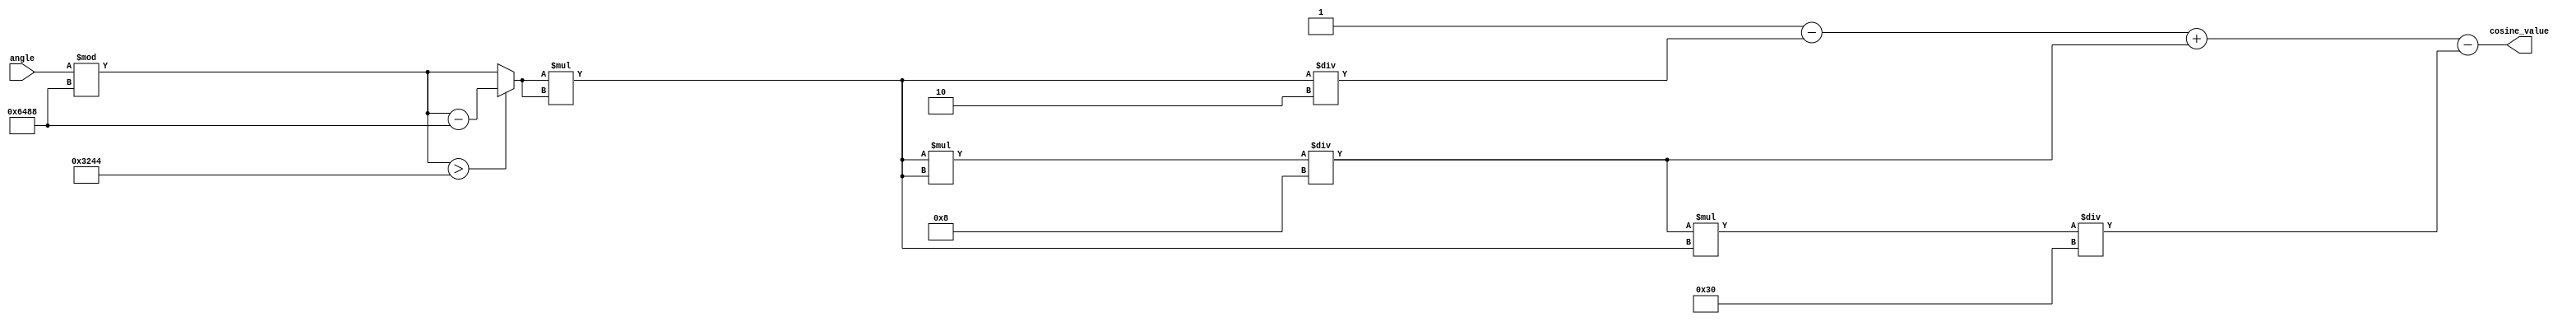
module CosineCalculator (
    input  [15:0] angle,        // Fixed-point input angle in radians (16 bits)
    output reg [15:0] cosine_value // Fixed-point output cosine value (16 bits)
);

    // Constants
    parameter PI = 16'h3244; // Approximation of  in fixed-point (16 bits)
    parameter TWO_PI = 16'h6488; // Approximation of 2 in fixed-point (16 bits)
    parameter FACTORIAL_2 = 16'h0002; // 2! = 2
    parameter FACTORIAL_4 = 16'h0008; // 4! = 24
    parameter FACTORIAL_6 = 16'h0030; // 6! = 720

    reg [15:0] x; // Normalized angle
    reg [15:0] x_squared;
    reg [15:0] term; // Current term in the Taylor series
    integer i;

    // Normalization of angle to [0, 2]
    always @(*) begin
        x = angle % TWO_PI;
        if (x > PI) begin
            x = x - TWO_PI; // Adjust angle to be in the range [-, ]
        end
    end

    // Compute cosine using Taylor series expansion
    always @(*) begin
        cosine_value = 16'h0001; // Start with the first term: 1
        x_squared = x * x; // x^2

        term = x_squared; // Start with the second term: -x^2/2!
        cosine_value = cosine_value - (term / FACTORIAL_2);

        term = (term * x_squared) / FACTORIAL_4; // Next term: x^4/4!
        cosine_value = cosine_value + term;

        term = (term * x_squared) / FACTORIAL_6; // Next term: -x^6/6!
        cosine_value = cosine_value - term;

        // More terms can be added here for improved precision
    end

endmodule